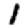
Digit: 1